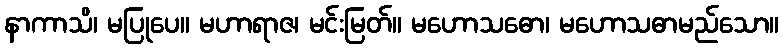
နာကာသိ၊ မပြုပေ။ မဟာရာဇ၊ မင်းမြတ်။ မဟောသဓော၊ မဟောသဓာမည်သော။